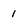
Character: 1